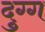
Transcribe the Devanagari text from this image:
दुग्ग